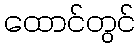
ထောင်တွင်